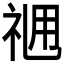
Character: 𥙓